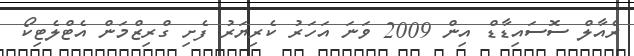
ރެއާލް ސޮސައިޑާޑް އިން 2009 ވަނަ އަހަރު ކެރިޔަރު ފެށި ގްރިޒްމަން އެޓްލެޓިކޯ